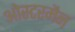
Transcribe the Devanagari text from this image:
ओस्टरमैन